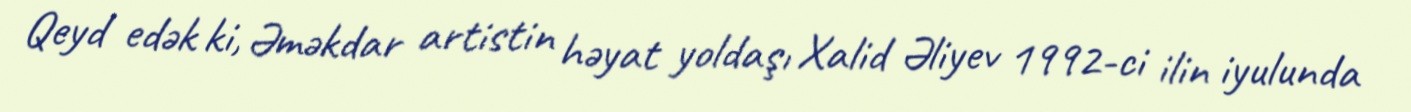
Qeyd edək ki, Əməkdar artistin həyat yoldaşı Xalid Əliyev 1992-ci ilin iyulunda